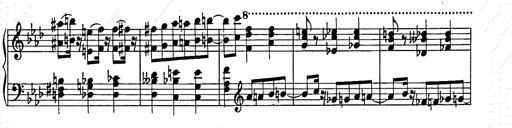
Title: Weinen, Klagen, Sorgen, Zagen
Composer: Franz Liszt